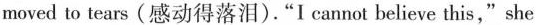
moved to tears (感动得落泪) ."I cannot believe this,"she